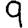
Digit: 9